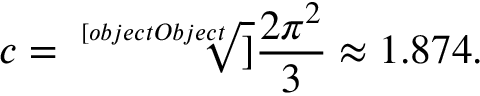
c = { \sqrt [ [object Object] ] { \frac { 2 \pi ^ { 2 } } { 3 } } } \approx 1 . 8 7 4 .